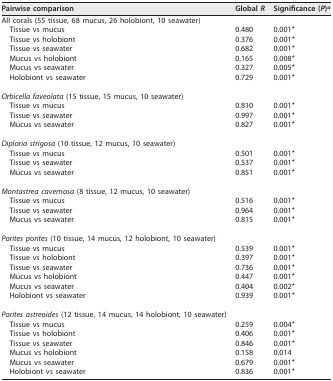
| Pairwise comparison | Global R | Significance (P)a |
 | --- | --- | --- |
 | All corals (55 tissue, 68 mucus, 26 holobiont, 10 seawater) |  |  |
 | Tissue vs mucus | 0.480 | 0.001* |
 | Tissue vs holobiont | 0.376 | 0.001* |
 | Tissue vs seawater | 0.682 | 0.001* |
 | Mucus vs holobiont | 0.165 | 0.008* |
 | Mucus vs seawater | 0.327 | 0.005* |
 | Holobiont vs seawater | 0.729 | 0.001* |
 | Orbicella faveolata (15 tissue, 15 mucus, 10 seawater) |  |  |
 | Tissue vs mucus | 0.810 | 0.001* |
 | Tissue vs seawater | 0.997 | 0.001* |
 | Mucus vs seawater | 0.827 | 0.001* |
 | Diploria strigosa (10 tissue, 12 mucus, 10 seawater) |  |  |
 | Tissue vs mucus | 0.501 | 0.001* |
 | Tissue vs seawater | 0.537 | 0.001* |
 | Mucus vs seawater | 0.851 | 0.001* |
 | Montastrea cavernosa (8 tissue, 12 mucus, 10 seawater) |  |  |
 | Tissue vs mucus | 0.516 | 0.001* |
 | Tissue vs seawater | 0.964 | 0.001* |
 | Mucus vs seawater | 0.815 | 0.001* |
 | Porites porites (10 tissue, 14 mucus, 12 holobiont, 10 seawater) |  |  |
 | Tissue vs mucus | 0.539 | 0.001* |
 | Tissue vs holobiont | 0.397 | 0.001* |
 | Tissue vs seawater | 0.736 | 0.001* |
 | Mucus vs holobiont | 0.447 | 0.001* |
 | Mucus vs seawater | 0.404 | 0.002* |
 | Holobiont vs seawater | 0.939 | 0.001* |
 | Porites astreoides (12 tissue, 14 mucus, 14 holobiont, 10 seawater) |  |  |
 | Tissue vs mucus | 0.259 | 0.004* |
 | Tissue vs holobiont | 0.406 | 0.001* |
 | Tissue vs seawater | 0.846 | 0.001* |
 | Mucus vs holobiont | 0.158 | 0.014 |
 | Mucus vs seawater | 0.679 | 0.001* |
 | Holobiont vs seawater | 0.836 | 0.001* |